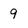
Character: 9